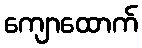
ကျောထောက်